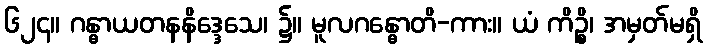
၆၂၄။ ဂန္ဓာယတနနိဒ္ဒေသေ၊ ၌။ မူလဂန္ဓောတိ-ကား။ ယံ ကိဉ္စိ၊ အမှတ်မရှိ